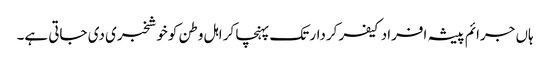
ہاں جرائم پیشہ افراد کیفر کردار تک پہنچا کر اہل وطن کو خوشخبری دی جاتی ہے۔